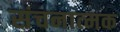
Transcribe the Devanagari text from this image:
संचनात्‍मक